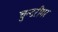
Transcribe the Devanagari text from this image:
चुन्दरीगर